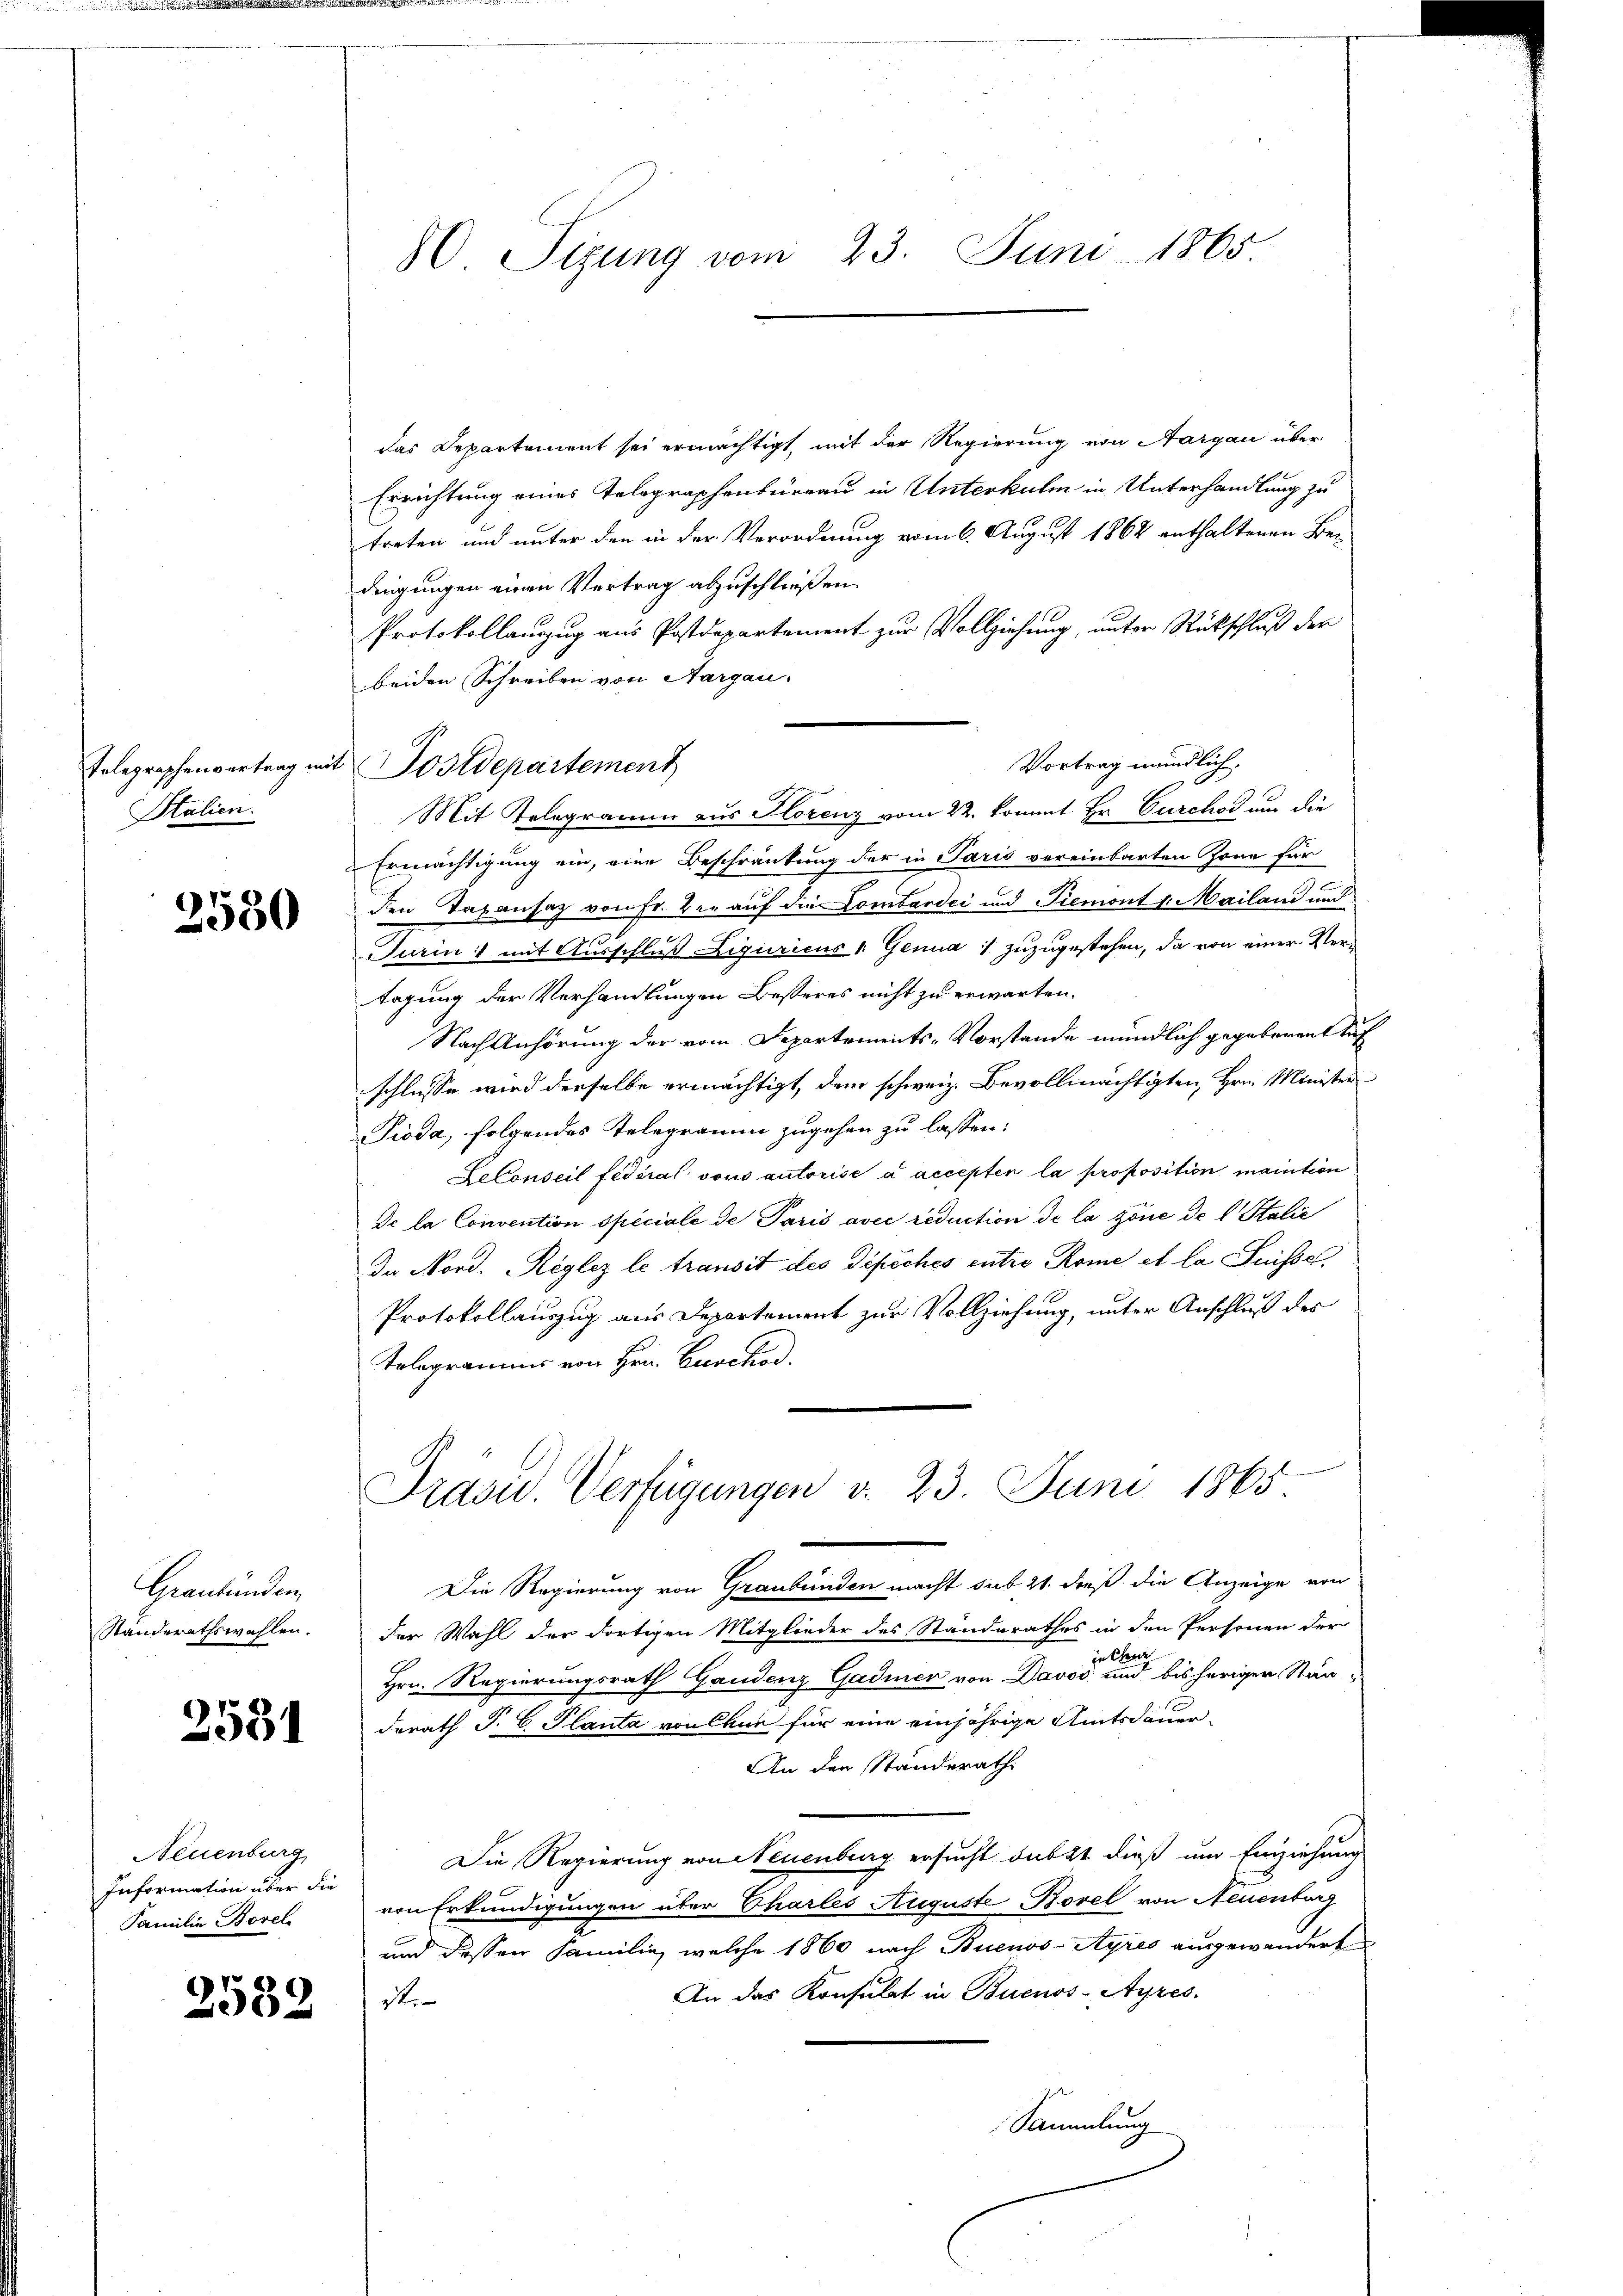
Telegraphenvertrag im
Stalien.

3550

Graubünden,
Standerathswahlen.

2531

Neuenburg
Information über die
Familie Borel

2589

Sizung vom 23. Juni 1865

das Departement sei ermächtigt, mit der Regierung von Aargau über
Errichtung eines Telegraphenbureau in Unterkulm in Unterhandlung zu
treten und unter den in der Verordnung vom 6. August 1862 enthaltenen Be-
dingungen einen Vertrag abzuschließen.
Protokollauszug aus Postdepartement zur Vollziehung, unter Rückschluß der
beiden Schreiben von Aargau.
Mit Telegramm aus Florenz vom 22. kommt Hr. Curcher um die
Ermächtigung ein, eine Beschränkung der in Paris vereinbarten Zone für
den Taxansaz von Fr. der auf die Lombardi und Piemont v. Mailand und
Turin mit Ausschluß Liguricus v. Genua 1 zuzugestehen, da von einer Vertagung der Verhandlungen Besseres nicht zu erwarten.
Nach Anhörung der vom Departements-Vorstande mündlich gegebenen Auf
schlusse wird derselbe ermächtigt, dem schweiz. Bevollmächtigten, Hrn. Minister
Pioda, folgendes Telegramm zugehen zu lassen:
LeConseil fédéral vons autorise a accepten la proposition maintion
De la Convention speciale de Paris avec réduction de la zöne de l. Stalie
In Nord. Reglez le transit des Dipiches entre Rome et la Suisse.
Protokollauszug aus Departement zur Vollziehung, unter Anschluß des
Tolegramms von Hrn. Burckod.
Präsid. Verfügungen v. 23. Juni 1865
Die Regierung von Graubünden macht sub 21. dieß die Anzeige von
der Wahl der dortigen Mitglieder des Standerathes in den Personen der
n
in Ch
Hrn. Regierungsrath Gaudenz Gadmer von Davos und bisherigen Ständerath P. C. Planta von Chur für eine einjährige Amtsdauer-
An den Standerath
Die Regierung von Neuenburg ersucht subst dieß um Einziehung
von Erkundigungen über Charles Auguste Borel von Neuenburg
und dessen Familie, welche 1860 nach Buenos-Ayres ausgewandert
An das Konsulat in Buenos-Ayres.
it.
s
Sammlung

Postdepartement

Vortrag mündlich.